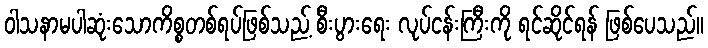
ဝါသနာမပါဆုံးသောကိစ္စတစ်ရပ်ဖြစ်သည့် စီးပွားရေး လုပ်ငန်းကြီးကို ရင်ဆိုင်ရန် ဖြစ်ပေသည်။